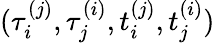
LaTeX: (\tau_{i}^{(j)},\tau_{j}^{(i)},t_{i}^{(j)},t_{j}^{(i)})